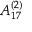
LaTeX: { A } _ { 1 7 } ^ { ( 2 ) }